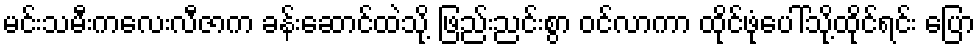
မင်းသမီးကလေးလီဇာက ခန်းဆောင်ထဲသို့ ဖြည်းညင်းစွာ ဝင်လာကာ ထိုင်ဖုံပေါ်သို့ထိုင်ရင်း ပြော